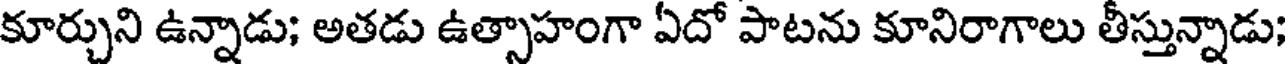
కూర్చుని ఉన్నాడు; అతడు ఉత్సాహంగా ఏదో పాటను కూనిరాగాలు తీస్తున్నాడు;